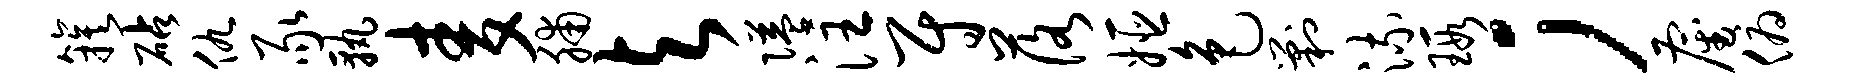
簇砧仇豕孰麦脯与隘注尉落姬色剿流瑕；雇俯